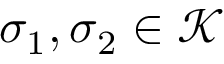
\sigma _ { 1 } , \sigma _ { 2 } \in { \mathcal { K } }